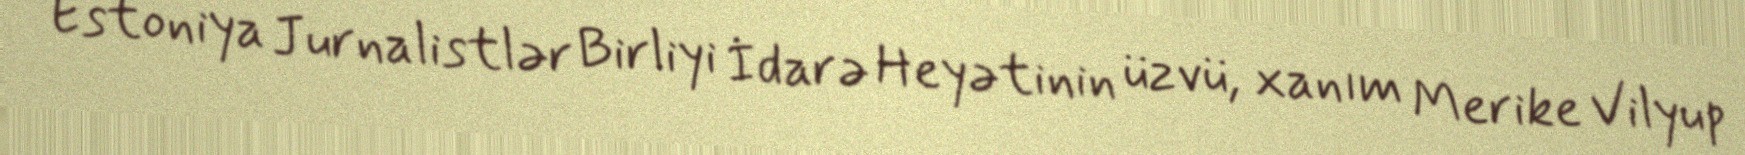
Estoniya Jurnalistlər Birliyi İdarə Heyətinin üzvü, xanım Merike Vilyup